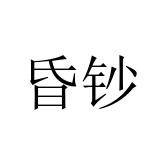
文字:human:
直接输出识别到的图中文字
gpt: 昏钞